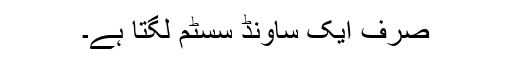
صرف ایک ساونڈ سسٹم لگتا ہے۔